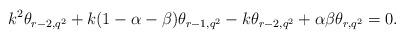
LaTeX: \begin{align*} k^2 \theta_{r-2,q^2} + k (1-\alpha-\beta) \theta_{r-1,q^2} - k \theta_{r-2,q^2} + \alpha \beta \theta_{r,q^2} = 0 . \end{align*}